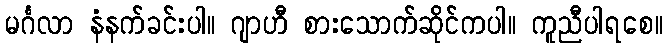
မင်္ဂလာ နံနက်ခင်းပါ။ ဂျာဟီ စားသောက်ဆိုင်ကပါ။ ကူညီပါရစေ။